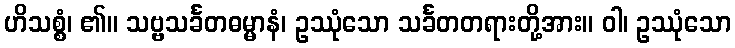
ဟိသစ္စံ၊ ၏။ သဗ္ဗသင်္ခတဓမ္မာနံ၊ ဥဿုံသော သင်္ခတတရားတို့အား။ ဝါ၊ ဥဿုံသော